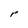
Character: r